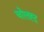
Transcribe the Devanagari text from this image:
चोलह्द